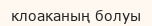
клоаканың болуы